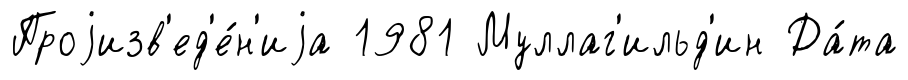
Проjизв'ед'е́н'иjа 1981 Муллаг'ильд'ин Да́та